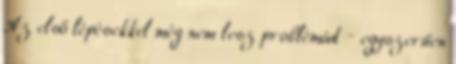
Az első lépésekkel még nem lesz problémád – egyszerűen